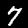
Digit: 7